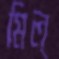
মিল্